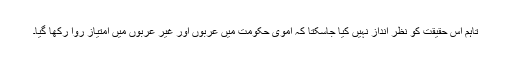
تاہم اس حقیقت کو نظر انداز نہیں کیا جاسکتا کہ اموی حکومت میں عربوں اور غیر عربوں میں امتیاز روا رکھا گیا۔